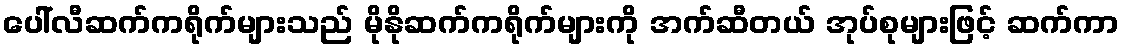
ပေါ်လီဆက်ကရိုက်များသည် မိုနိုဆက်ကရိုက်များကို အက်ဆီတယ် အုပ်စုများဖြင့် ဆက်ကာ